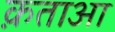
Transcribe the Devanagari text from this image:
क़ताआ